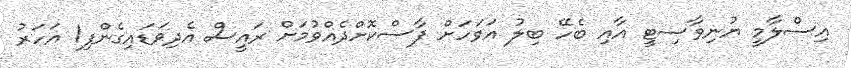
އިސްލާމީ ޔުނިވާސިޓީ އާއި ބެހޭ ބިލު އަވަހަށް ފާސްކޮށްދެއްވުމަށް ރައީސް އެދިވަޑައިގެންފި1 އަހަރު